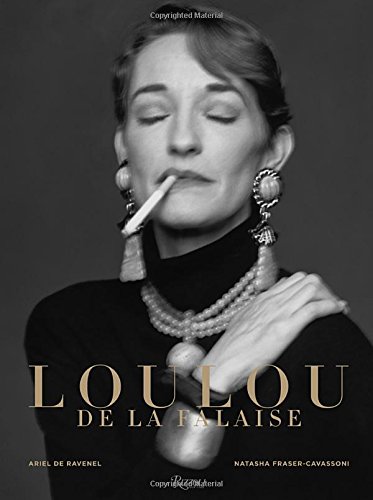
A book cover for Loulou de la Falaise; Ariel de Ravenel; Arts & Photography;